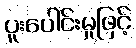
ပူးပေါင်းမှုဖြင့်